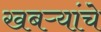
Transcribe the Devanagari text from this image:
खबऱ्यांचे